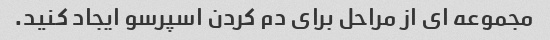
مجموعه ای از مراحل برای دم کردن اسپرسو ایجاد کنید.